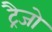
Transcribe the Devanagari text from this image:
ट्रैजो